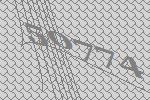
50774